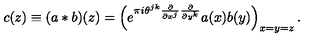
c ( z ) \equiv ( a \ast b ) ( z ) = \left( e ^ { \pi i \theta ^ { j k } \frac { \partial } { \partial x ^ { j } } \frac { \partial } { \partial y ^ { k } } } a ( x ) b ( y ) \right) _ { x = y = z } .